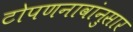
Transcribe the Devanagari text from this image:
टोपणनावांनुसार